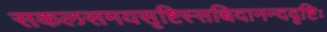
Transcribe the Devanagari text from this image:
सकलसमयसृष्टिस्सच्चिदानन्ददृष्टिः